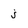
Character: j